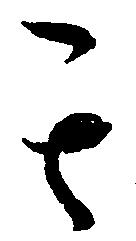
其